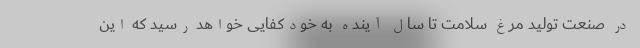
در صنعت تولید مرغ سلامت تا سال آینده به خودکفایی خواهد رسید که این